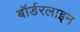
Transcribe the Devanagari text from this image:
बॉर्डरलाइन